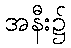
အနီး၌